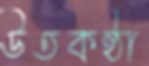
উতকন্ঠা